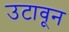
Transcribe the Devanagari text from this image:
उटावून